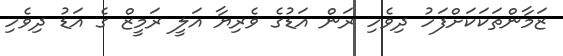
ޒަމާންތަކަކަށްފަހު ދިވެހި ރަން އަޑުގެ ވެރިޔާ އަލީ ރަމީޒް ގެ އަޑު ދިވެހި